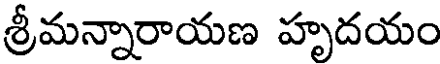
శ్రీమన్నారాయణ హృదయం